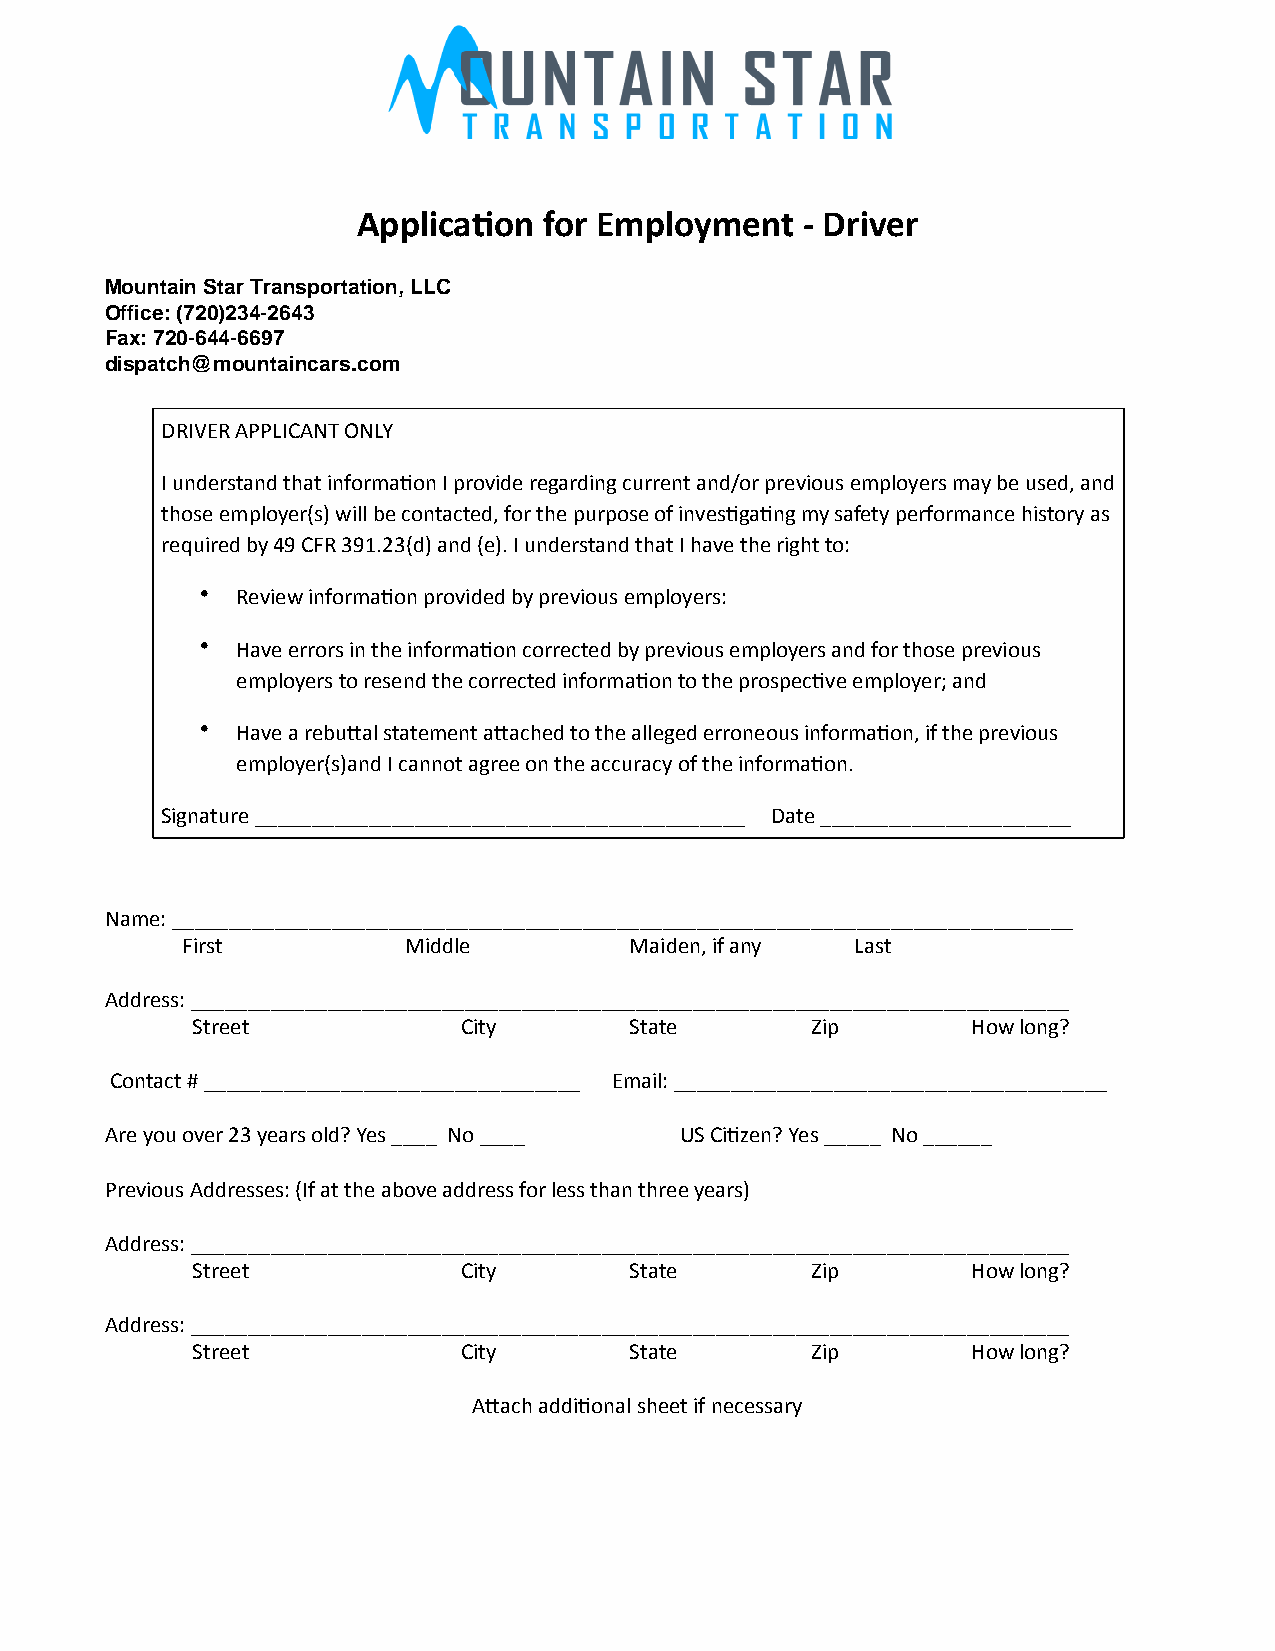
Applica’on  for Employment   -­‐ Driver
 MMoouunnttaaiinn SSttaarr T Trarannspsoprotrattaiotino,n L,L LCL C
 OOffifficcee:: 7 (2702-­‐02)3243-­‐42-6246343
 FFaaxx:: 7 72200-­‐6-64444-­‐6-6669977                                          97 DD
 dd ii ss pp aa tt cc hh @@ r im d eo mu on uta n itn a ci na s rt sa r. c. co o mm
 DRIVER APPLICANT ONLY
 I understand that informaWon I provide regarding current and/or previous employers may be used, and
 those employer(s) will be contacted, for the purpose of invesWgaWng my safety performance history as
 required by 49 CFR 391.23(d) and (e). I understand that I have the right to:
 •  Review informaWon provided by previous employers:
 •  Have errors in the informaWon corrected by previous employers and for those previous
 employers to resend the corrected informaWon to the prospecWve employer; and
 •  Have a rebu^al statement a^ached to the alleged erroneous informaWon, if the previous
 employer(s)and I cannot agree on the accuracy of the informaWon.
 Signature ___________________________________________ Date ______________________
 Name: _______________________________________________________________________________
 First          Middle         Maiden, if any Last
 Address: _____________________________________________________________________________
 Street            City       State       Zip       How long?
 Contact # _________________________________ Email: ______________________________________
 Are you over 23 years old? Yes ____ No ____ US CiWzen? Yes _____ No ______
 Previous Addresses: (If at the above address for less than three years)
 Address: _____________________________________________________________________________
 Street            City       State       Zip       How long?
 Address: _____________________________________________________________________________
 Street            City       State       Zip       How long?
 A^ach addiWonal sheet if necessary